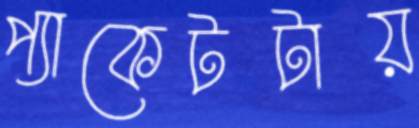
প্যাকেটটায়